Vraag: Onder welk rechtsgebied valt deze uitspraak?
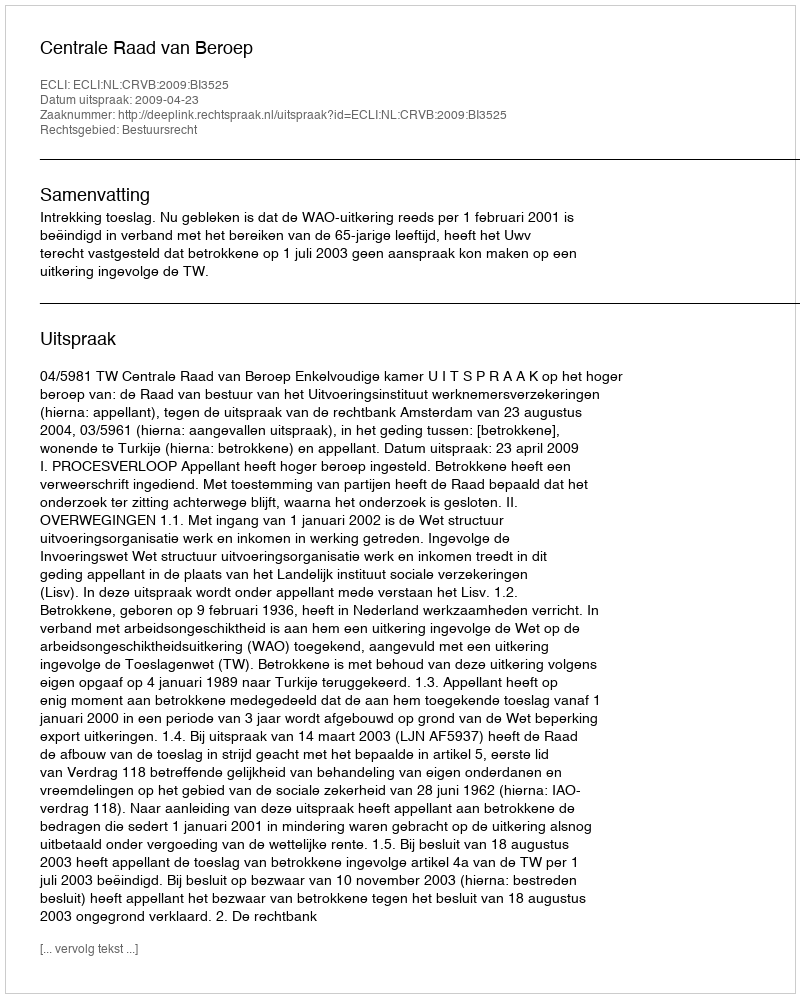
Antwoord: Bestuursrecht